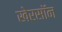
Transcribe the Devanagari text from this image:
खेरसॉन